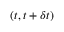
( t , t + \delta t )